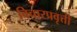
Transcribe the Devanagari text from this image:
विचारप्रवृत्ती